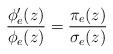
LaTeX: \begin{align*}\frac{\phi'_{e}(z)}{\phi_{e}(z)}=\frac{\pi_{e}(z)}{\sigma_{e}(z)}\end{align*}